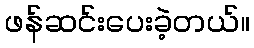
ဖန်ဆင်းပေးခဲ့တယ်။